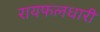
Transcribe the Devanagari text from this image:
रायफलधारी